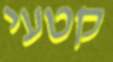
קטעי